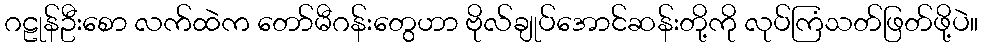
ဂဠုန်ဦးစော လက်ထဲက တော်မီဂန်းတွေဟာ ဗိုလ်ချုပ်အောင်ဆန်းတို့ကို လုပ်ကြံသတ်ဖြတ်ဖို့ပဲ။